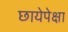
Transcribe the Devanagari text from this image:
छायेपेक्षा